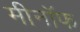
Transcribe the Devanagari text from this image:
मीनॉफ